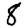
Digit: 8